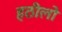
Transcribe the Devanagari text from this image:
हठीलो